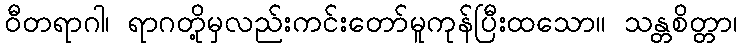
ဝီတရာဂါ၊ ရာဂတို့မှလည်းကင်းတော်မူကုန်ပြီးထသော။ သန္တစိတ္တာ၊